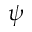
\psi